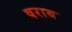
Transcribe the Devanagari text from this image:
षराब